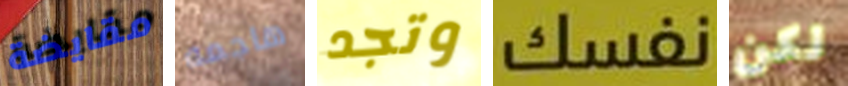
مقايضة هاجمه وتجد نفسك لكن